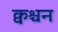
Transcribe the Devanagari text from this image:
क्वश्चन